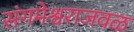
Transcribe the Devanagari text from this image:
संगमेश्वराजवळ